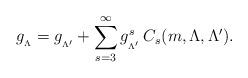
LaTeX: \begin{align*}g_{_{\Lambda}}=g_{_{\Lambda^{\prime}}}+\sum_{s=3}^{\infty}g_{_{\Lambda^{\prime}}}^{s}\hspace{.2cm}\hspace{-.12cm}C_{s}(m,\Lambda,\Lambda^{\prime}).\end{align*}